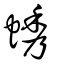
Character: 蜏